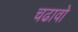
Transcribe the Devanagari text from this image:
चढावो